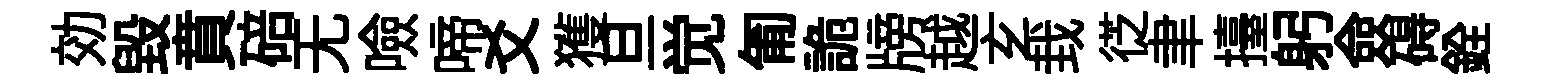
効毁賁碚无噞啼爻獲旦觉匍詭牓越𤣥㘽徔聿擡躬僉碍銓